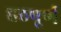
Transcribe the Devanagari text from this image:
हठपूर्ण